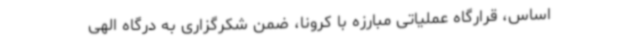
اساس، قرارگاه عملیاتی مبارزه با کرونا، ضمن شکرگزاری به درگاه الهی